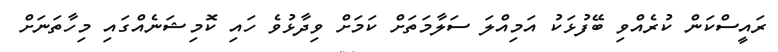
ރައީސްކަން ކުރެއްވި ބޭފުޅަކު އަމިއްލަ ސަލާމަތަށް ކަމަށް ވިދާޅުވެ ހައި ކޮމިޝަނެއްގައި މިހާތަނަށް